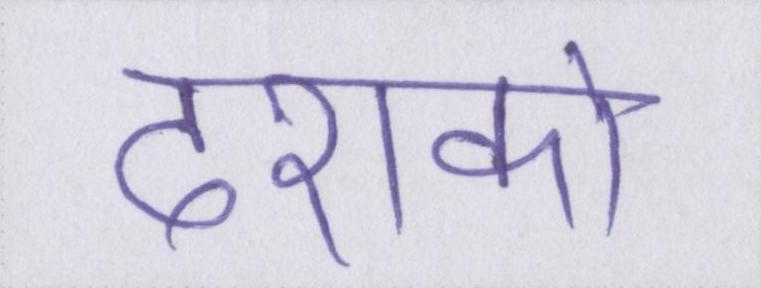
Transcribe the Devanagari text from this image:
दशको